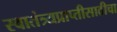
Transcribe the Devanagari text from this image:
स्वातंत्र्यप्राप्तीसाठीचा